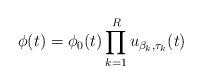
LaTeX: \begin{align*}\phi(t)= \phi_0(t) \prod_{k=1}^R u_{\beta_k,\tau_k}(t)\end{align*}